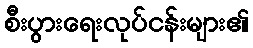
စီးပွားရေးလုပ်ငန်းများ၏